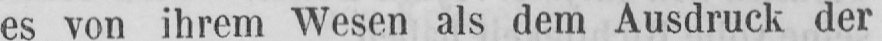
es von ihrem Wesen als dem Ausdruck der